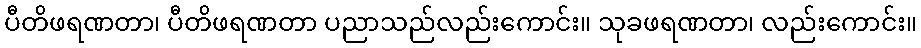
ပီတိဖရဏတာ၊ ပီတိဖရဏတာ ပညာသည်လည်းကောင်း။ သုခဖရဏတာ၊ လည်းကောင်း။